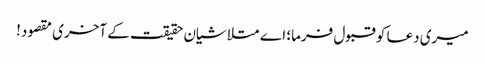
میری دعا کو قبول فرما؛ اے متلاشیان حقیقت کے آخری مقصود!